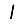
Digit: 1